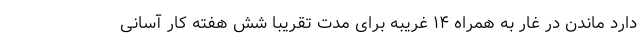
دارد ماندن در غار به همراه ۱۴ غریبه برای مدت تقریبا شش هفته کار آسانی